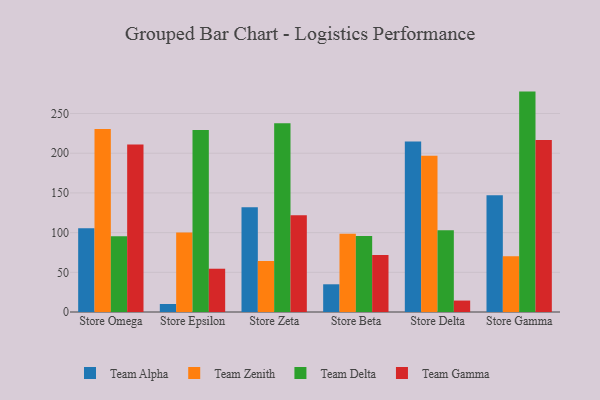
{"axis": {"x": "Store", "y": "Market Share (%)"}, "legend": ["Team Alpha", "Team Delta", "Team Gamma", "Team Zenith"], "data": [{"x": "Store Omega", "y": 105.5, "type": "Team Alpha"}, {"x": "Store Omega", "y": 230.5, "type": "Team Zenith"}, {"x": "Store Omega", "y": 95.3, "type": "Team Delta"}, {"x": "Store Omega", "y": 211.0, "type": "Team Gamma"}, {"x": "Store Epsilon", "y": 10.1, "type": "Team Alpha"}, {"x": "Store Epsilon", "y": 100.2, "type": "Team Zenith"}, {"x": "Store Epsilon", "y": 229.1, "type": "Team Delta"}, {"x": "Store Epsilon", "y": 54.5, "type": "Team Gamma"}, {"x": "Store Zeta", "y": 131.8, "type": "Team Alpha"}, {"x": "Store Zeta", "y": 64.3, "type": "Team Zenith"}, {"x": "Store Zeta", "y": 237.8, "type": "Team Delta"}, {"x": "Store Zeta", "y": 121.8, "type": "Team Gamma"}, {"x": "Store Beta", "y": 34.9, "type": "Team Alpha"}, {"x": "Store Beta", "y": 98.7, "type": "Team Zenith"}, {"x": "Store Beta", "y": 95.8, "type": "Team Delta"}, {"x": "Store Beta", "y": 71.8, "type": "Team Gamma"}, {"x": "Store Delta", "y": 214.7, "type": "Team Alpha"}, {"x": "Store Delta", "y": 196.8, "type": "Team Zenith"}, {"x": "Store Delta", "y": 103.0, "type": "Team Delta"}, {"x": "Store Delta", "y": 14.4, "type": "Team Gamma"}, {"x": "Store Gamma", "y": 146.9, "type": "Team Alpha"}, {"x": "Store Gamma", "y": 70.2, "type": "Team Zenith"}, {"x": "Store Gamma", "y": 277.6, "type": "Team Delta"}, {"x": "Store Gamma", "y": 216.7, "type": "Team Gamma"}]}